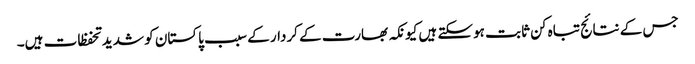
جس کے نتائج تباہ کن ثابت ہوسکتے ہیں کیونکہ بھارت کے کردار کے سبب پاکستان کو شدید تحفظات ہیں۔